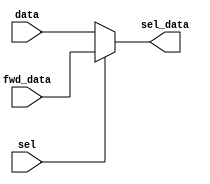
`timescale 1ns / 1ps

module ALUmux(
    input [7:0] fwd_data,
    input [7:0] data,
    input sel,
    output reg [7:0] sel_data
    );
    
    always@(sel, fwd_data, data)
    begin
        if(sel==1)
        begin
            sel_data=fwd_data;
        end
        else
        begin
            sel_data=data;
        end
    end
endmodule